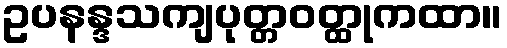
ဥပနန္ဒသကျပုတ္တဝတ္ထုကထာ။